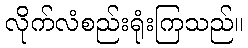
လိုက်လံစည်းရုံးကြသည်။